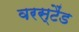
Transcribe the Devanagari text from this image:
वरस्टैंड